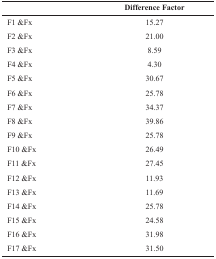
<table><thead><tr><td></td><td><b>Difference Factor</b></td></tr></thead><tbody><tr><td>F1 &amp; Fx</td><td>15.27</td></tr><tr><td>F2 &amp; Fx</td><td>21.00</td></tr><tr><td>F3 &amp; Fx</td><td>8.59</td></tr><tr><td>F4 &amp; Fx</td><td>4.30</td></tr><tr><td>F5 &amp; Fx</td><td>30.67</td></tr><tr><td>F6 &amp; Fx</td><td>25.78</td></tr><tr><td>F7 &amp; Fx</td><td>34.37</td></tr><tr><td>F8 &amp; Fx</td><td>39.86</td></tr><tr><td>F9 &amp; Fx</td><td>25.78</td></tr><tr><td>F10 &amp; Fx</td><td>26.49</td></tr><tr><td>F11 &amp; Fx</td><td>27.45</td></tr><tr><td>F12 &amp; Fx</td><td>11.93</td></tr><tr><td>F13 &amp; Fx</td><td>11.69</td></tr><tr><td>F14 &amp; Fx</td><td>25.78</td></tr><tr><td>F15 &amp; Fx</td><td>24.58</td></tr><tr><td>F16 &amp; Fx</td><td>31.98</td></tr><tr><td>F17 &amp; Fx</td><td>31.50</td></tr></tbody></table>